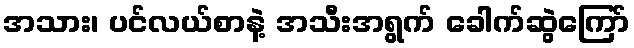
အသား၊ ပင်လယ်စာနဲ့ အသီးအရွက် ခေါက်ဆွဲကြော်